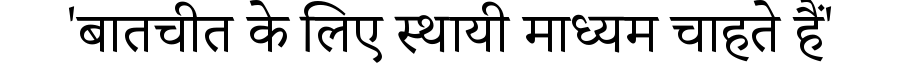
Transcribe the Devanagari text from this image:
'बातचीत के लिए स्थायी माध्यम चाहते हैं'